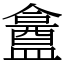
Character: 盫